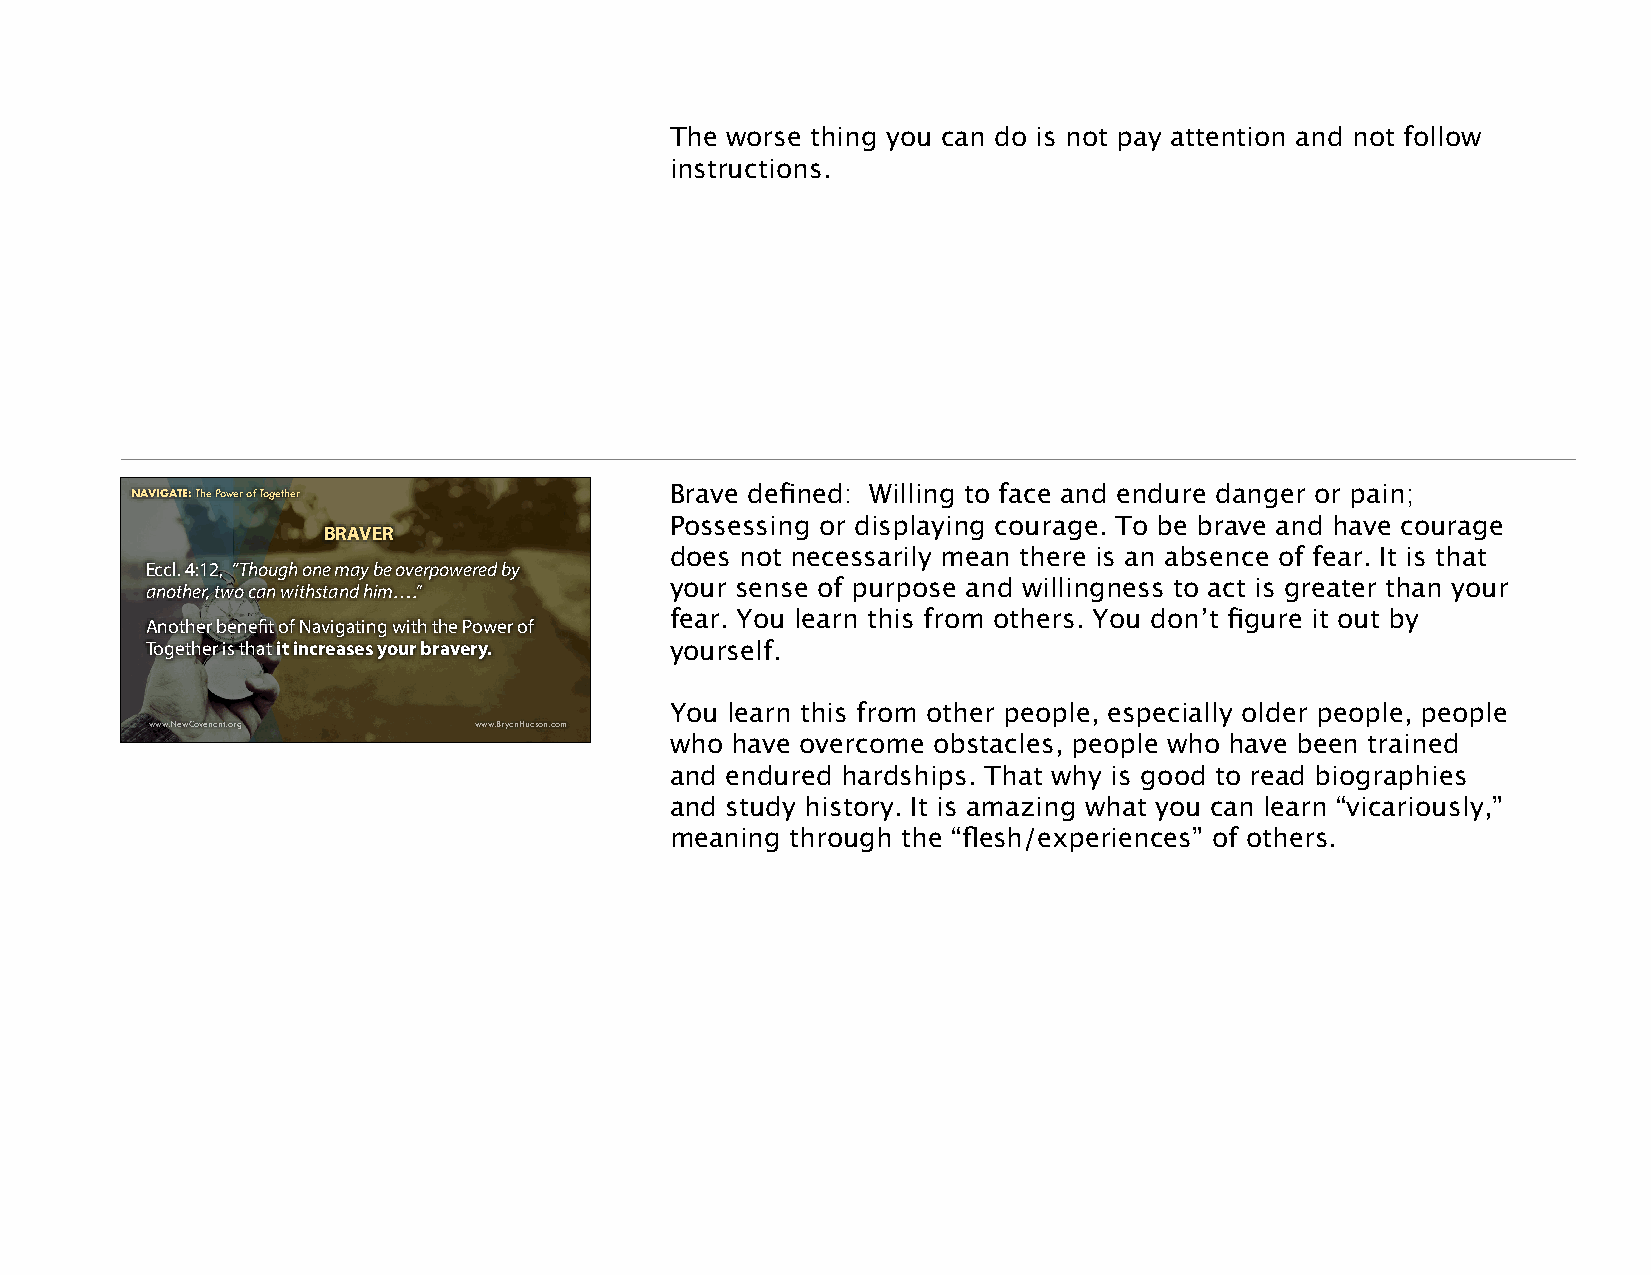
The worse thing you can do is not pay attention and not follow
 instructions.
 NNAAVIVGAIGTE:A HTowE :t oT Shuecc ePsosfwul eJoru ronfe yT Tohgroeugthh eLirfe and These Times Brave defined: Willing to face and endure danger or pain;
 Possessing or displaying courage. To be brave and have courage
 BRAVER
 does not necessarily mean there is an absence of fear. It is that
 Eccl. 4:12, “Though one may be overpowered by
 your sense of purpose and willingness to act is greater than your
 another, two can withstand him….”
 fear. You learn this from others. You don’t figure it out by
 Another benefit of Navigating with the Power of
 Together is that it increases your bravery. yourself.
 You learn this from other people, especially older people, people
 www.NewCovenant.org  www.BryanHudson.com
 who have overcome obstacles, people who have been trained
 and endured hardships. That why is good to read biographies
 and study history. It is amazing what you can learn “vicariously,”
 meaning through the “flesh/experiences” of others.